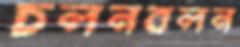
চলনবলন